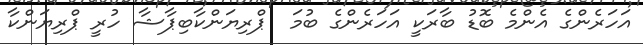
އަހަރެންގެ އެންމެ ބޮޑު ބާރަކީ އަހަރެންގެ ބުމަ  ޕްރިޔަންކާބިޕާޝާ ހުރީ ޕްރިޔަންކާ